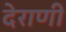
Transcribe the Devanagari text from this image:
देराणी